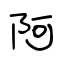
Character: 阿